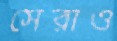
সেরাও